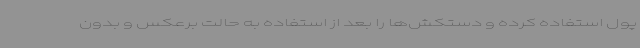
پول استفاده کرده و دستکش‌ها را بعد از استفاده به حالت برعکس و بدون‌